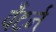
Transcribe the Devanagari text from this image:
पँटर्न